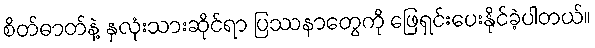
စိတ်ဓာတ်နဲ့ နှလုံးသားဆိုင်ရာ ပြဿနာတွေကို ဖြေရှင်းပေးနိုင်ခဲ့ပါတယ်။